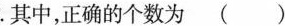
.其中，正确的个数为()